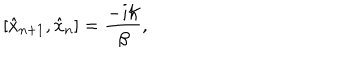
\left[ \hat { x } _ { n + 1 } , \hat { x } _ { n } \right] = \frac { - i \hbar } \beta ,